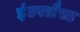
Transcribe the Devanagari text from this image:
इंटरलैस्ड